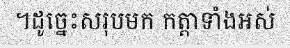
។ដូច្នេះសរុបមក កត្តាទាំងអស់